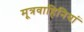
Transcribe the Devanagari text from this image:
मूत्रवाहिनियां